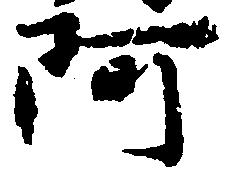
阿